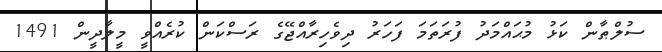
ސުލްޠާން ކަޅު މުޙައްމަދު ފުރަތަމަ ފަހަރު ދިވެހިރާއްޖޭގެ ރަސްކަން ކުރެއްވީ މީލާދީން 1491